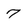
Character: 7